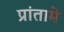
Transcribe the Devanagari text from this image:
प्रांतामे